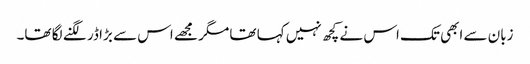
زبان سے ابھی تک اس نے کچھ نہیں کہا تھا مگر مجھے اس سے بڑا ڈر لگنے لگا تھا۔